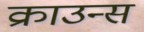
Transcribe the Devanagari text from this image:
क्राउन्स